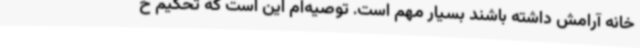
خانه آرامش داشته باشند بسیار مهم است. توصیه‌ام این است که تحکیم خ